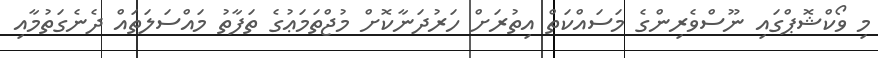
މި ވޯކްޝޮޕްގައި ނޫސްވެރިންގެ މަސައްކަތް އިތުރަށް ހަރުދަނާކޮށް މުޖްތަމަޢުގެ ތަފާތު މައްސަލަތައް ދެނެގަތުމާއި